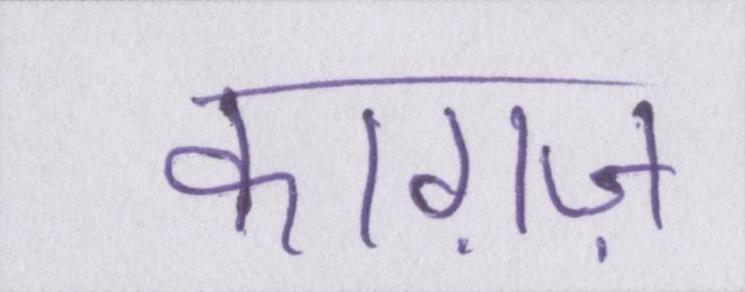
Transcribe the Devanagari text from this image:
काग़ज़